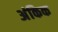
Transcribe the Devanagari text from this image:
अंकिक